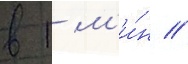
в 1 м'и́н //